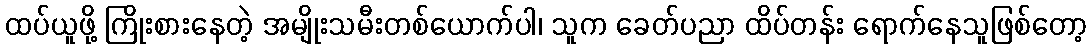
ထပ်ယူဖို့ ကြိုးစားနေတဲ့ အမျိုးသမီးတစ်ယောက်ပါ၊ သူက ခေတ်ပညာ ထိပ်တန်း ရောက်နေသူဖြစ်တော့